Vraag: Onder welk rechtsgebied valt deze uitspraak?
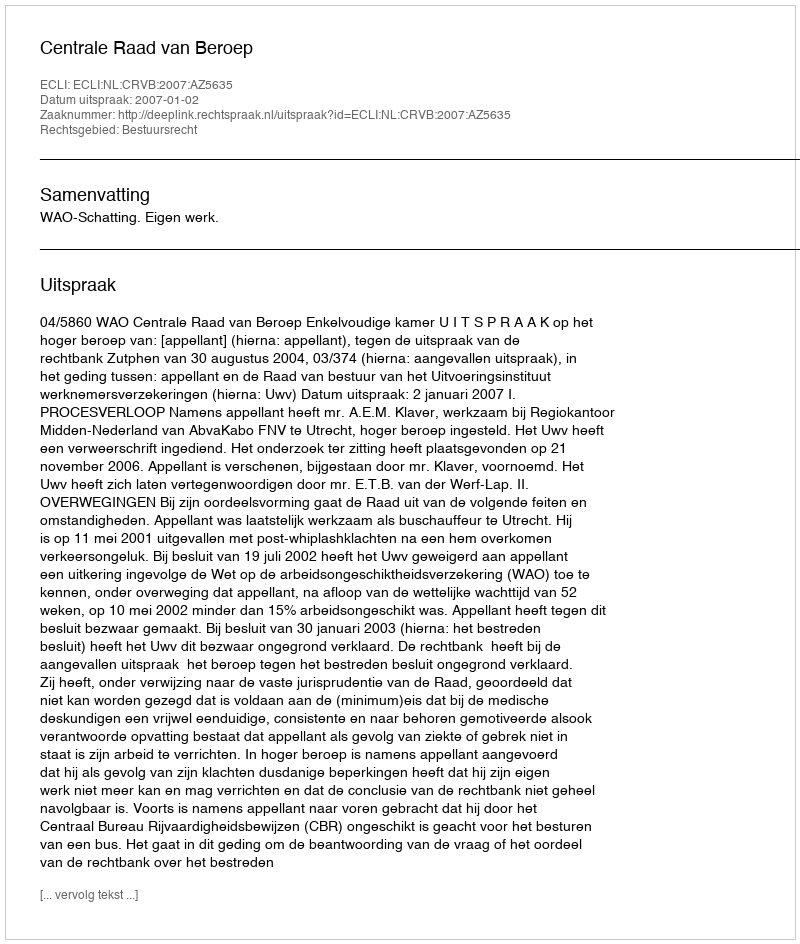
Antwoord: Bestuursrecht